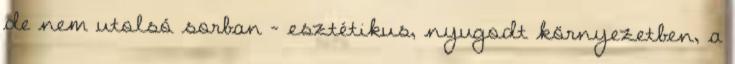
de nem utolsó sorban – esztétikus, nyugodt környezetben, a